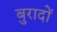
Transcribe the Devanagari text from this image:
बुरादों